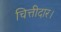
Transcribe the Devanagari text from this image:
चित्तीदार।